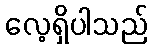
လေ့ရှိပါသည်